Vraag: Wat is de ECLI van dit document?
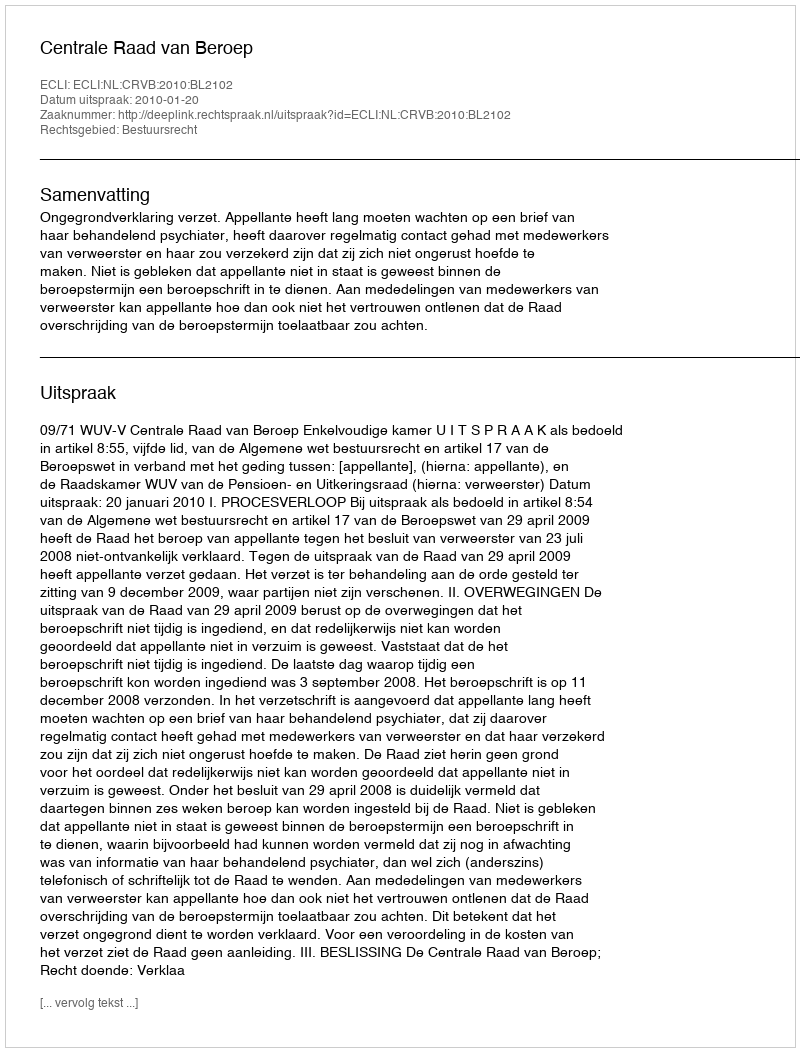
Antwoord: ECLI:NL:CRVB:2010:BL2102